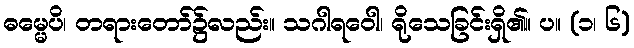
ဓမ္မေပိ၊ တရားတော်၌လည်း။ သဂါရဝေါ၊ ရိုသေခြင်းရှိ၏။ ပ။ (၁၊ ၆)